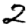
Digit: 2